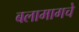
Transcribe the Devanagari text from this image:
बलामागचे